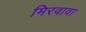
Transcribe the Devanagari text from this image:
मिरवावा